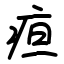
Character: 疸